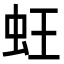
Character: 蚟